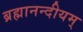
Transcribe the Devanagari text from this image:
ब्रह्मानन्दीयम्